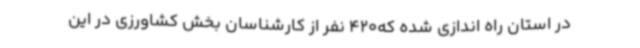
در استان راه اندازی شده که420 نفر از کارشناسان بخش کشاورزی در این